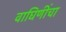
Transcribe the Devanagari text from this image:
वाघिणींचा